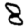
Digit: 8